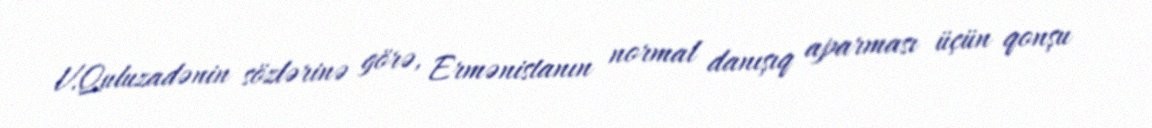
V.Quluzadənin sözlərinə görə, Ermənistanın normal danışıq aparması üçün qonşu